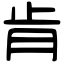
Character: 肯